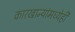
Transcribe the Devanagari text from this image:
कारखान्यांमध्येही